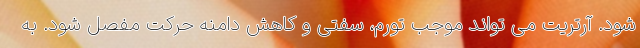
شود. آرتریت می تواند موجب تورم، سفتی و کاهش دامنه حرکت مفصل شود. به